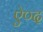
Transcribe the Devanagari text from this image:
ऐण्द